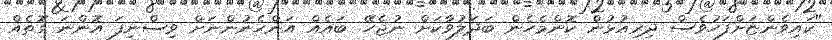
"ކައިވެންޏަށްފަހުވެސް ދިރިއުޅުން ކޮންމެހެން ބަދަލުވާކަށް ނުޖެހޭ. ބައެއް އަންހެނުންނަށް ވިސްނިފަ އޮންނަ ގޮތެއް